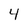
Character: 4